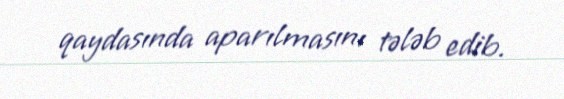
qaydasında aparılmasını tələb edib.